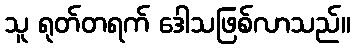
သူ ရုတ်တရက် ဒေါသဖြစ်လာသည်။